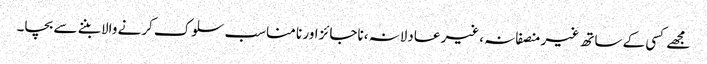
مجھے کسی کے ساتھ غیر منصفانہ ،غیر عادلانہ ،ناجائز اور نا مناسب سلوک کرنے والا بننے سے بچا۔